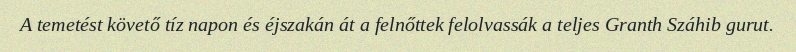
A temetést követő tíz napon és éjszakán át a felnőttek felolvassák a teljes Granth Száhib gurut.